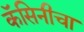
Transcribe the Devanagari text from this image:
कॅसिनीचा